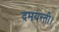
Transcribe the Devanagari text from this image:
दमयन्ती।